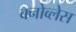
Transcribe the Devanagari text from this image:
क्नोव्लेस